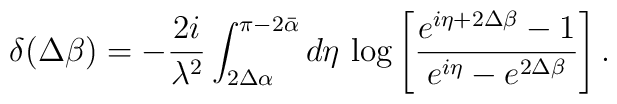
\delta(\Delta\beta)=-\frac{2i}{\lambda^{2}}\int_{2\Delta\alpha}^{\pi-2\bar{\alpha}}d\eta\,\log\left[\frac{e^{i\eta+2\Delta\beta}-1}{e^{i\eta}-e^{2\Delta\beta}}\right].